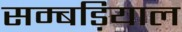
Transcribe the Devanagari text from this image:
सम्बड़ियाल